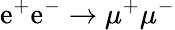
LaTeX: \mathrm{e}^{+}\mathrm{e}^{-}\to\mu^{+}\mu^{-}